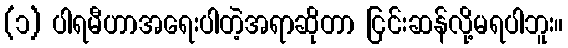
(၁) ပါရမီဟာအရေးပါတဲ့အရာဆိုတာ ငြင်းဆန်လို့မရပါဘူး။